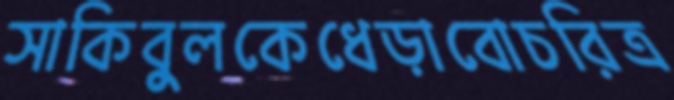
সাকিবুলকেধেড়াবোচরিত্র